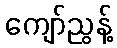
ကျော်ညွန့်